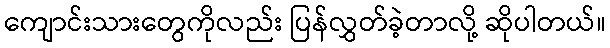
ကျောင်းသားတွေကိုလည်း ပြန်လွှတ်ခဲ့တာလို့ ဆိုပါတယ်။